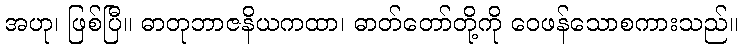
အဟု၊ ဖြစ်ပြီ။ ဓာတုဘာဇနိယကထာ၊ ဓာတ်တော်တို့ကို ဝေဖန်သောစကားသည်။